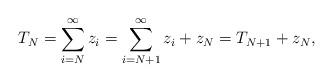
LaTeX: \begin{align*}T_{N}=\sum_{i=N}^{\infty} z_i=\sum_{i=N+1}^{\infty} z_i+z_{N}=T_{N+1}+z_{N},\end{align*}